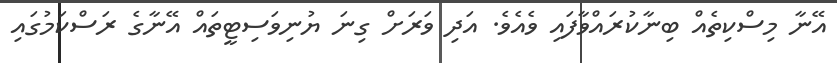
އޭނާ މިސްކިތެއް ބިނާކުރައްވާފައި ވެއެވެ. އަދި ވަރަށް ގިނަ ޔުނިވަސިޓީތައް އޭނާގެ ރަސްކަމުގައި